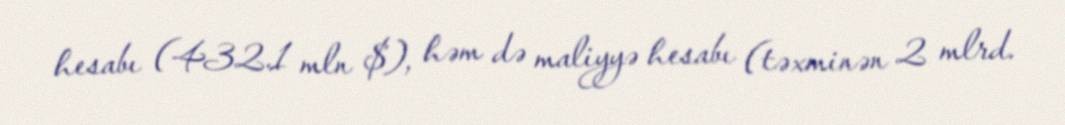
hesabı (432.1 mln $), həm də maliyyə hesabı (təxminən 2 mlrd.